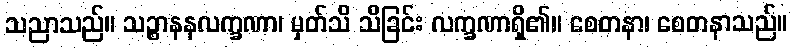
သညာသည်။ သဉ္စာနနလက္ခဏာ၊ မှတ်သိ သိခြင်း လက္ခဏာရှိ၏။ စေတနာ၊ စေတနာသည်။